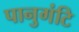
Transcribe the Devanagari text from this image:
पानुगंटि